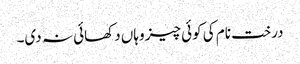
درخت نام کی کوئی چیز وہاں دکھائی نہ دی۔